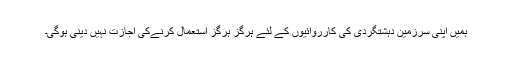
ہمیں اپنی سرزمین دہشتگردی کی کارروائیوں کے لئے ہرگز ہرگز استعمال کرنےکی اجازت نہیں دینی ہوگی۔